Civil Veterinary Dept. Bombay admin report 1914-1922 - 1914-1922
Year: 1914
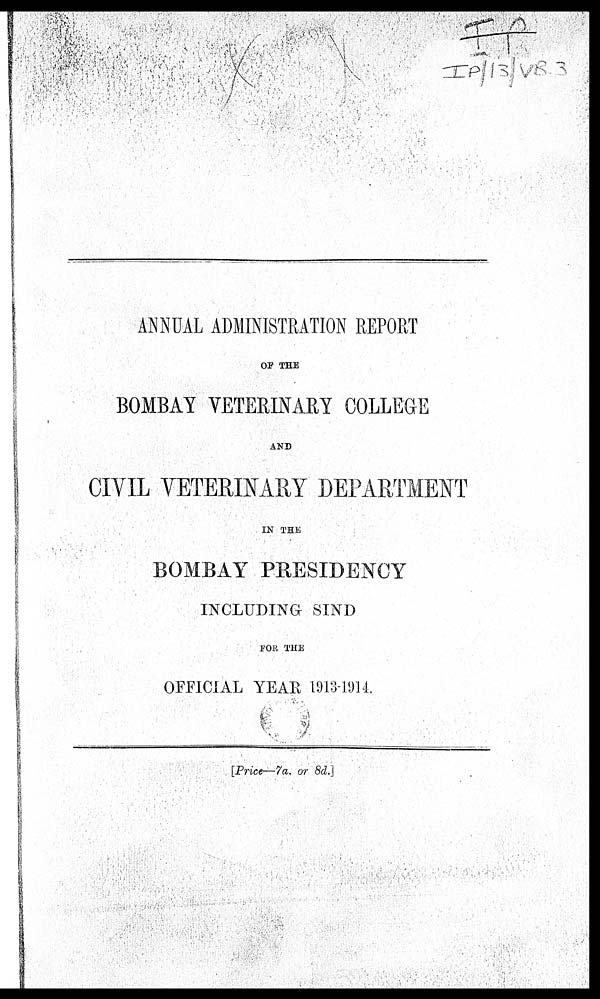
ANNUAL ADMINISTRATION REPORT
OF THE
BOMBAY VETERINARY COLLEGE
AND
CIVIL VETERINARY DEPARTMENT
IN THE
BOMBAY PRESIDENCY
INCLUDING SIND
FOR THE
OFFICIAL YEAR 1913-1914.
[Price—7a. or 8d.]